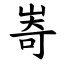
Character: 㟢